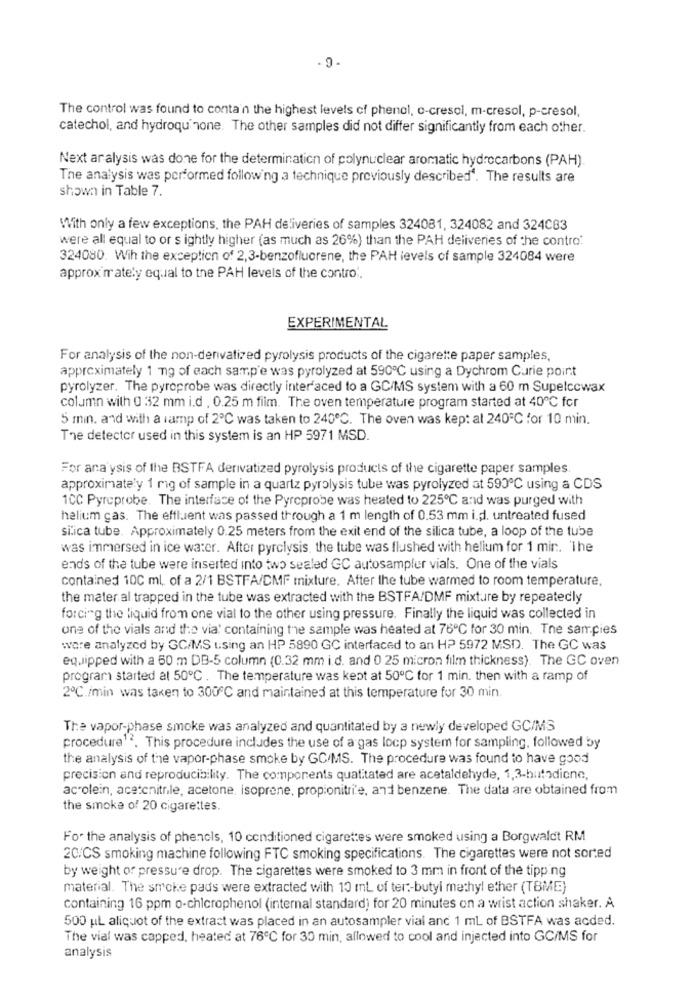
- 9.
The control was found to conta'n the highest levels of phenol, c-cresol, m-cresol, p-cresol,
catechol, and hydroquinone. The other samples did not differ significantly from each other.
Next ar alysis was done for the determination of polynuclear aromatic hydrocarbons (PAH).
The analysis was performed following a technique previously described'. The results are
shown in Table 7.
With only a few exceptions, the PAH deliveries of samples 324081, 324082 and 324C83
were all equal to or s ightly higher (as much as 26%) than the PAH deliveries of the contro:
324080. Wih the exception of 2,3-benzofluorene, the PAH levels of sample 324084 were
approximately equal to the PAH levels of the contro ..
EXPERIMENTAL
For analysis of the non-denvatized pyrolysis products of the cigarette paper samples,
approximately 1 mg of each samp'e was pyrolyzed at 590℃ using a Dychrom Curie point
pyrolyzer. The pyroprobe was directly interfaced to a GC/MS system with a 60 m Supelccwax
column with 0 32 mm i.d . 0.25 m film. The oven temperature program started at 40℃ for
5 min. and with a ramp of 2℃ was taken to 240℃. The oven was kep: al 240℃ for 10 min.
The detector used in this system is an HP 5971 MSD.
For ana ysis of the BSTFA derivatizad pyrolysis products of the cigarette paper samples.
approximately 1 rig of sample in a quartz pyrolysis tube was pyrolyzed at 590℃ using a CDS
1CC Pyreprobe. The interface of the Pyreprobe was heated to 225℃ and was purged with
helium cas. The effluent was passed through a 1 m length of 0.53 mm i.d. untreated fused
silica tube. Approximately 0.25 meters from the exit end of the silica tube, a loop of the tube
was immersed in ice water. After pyrolysis, the tube was flushed with helium for 1 min. The
ends of the tube were inserted into two sealed GC autosampler vials. One of the vials
contained 100 ml, of a 2/1 BSTFA/CMF mixture. After the tube warmed to room temperature,
the mater al trapped in the tube was extracted with the BSTFA/DMF mixture by repeatedly
forcing the liquid from one vial to the other using pressure. Finally the liquid was collected in
one of the vials and the via' containing the sample was heated at 76℃ for 30 min. The samples
wore analyzed by GC/MS using an HP 5890 GC interfaced to an HP 5972 MSD. The GC was
equipped with a 60 m DB-5 column (0.32 mm i.d. and 0 25 micron film thickness). The GC oven
program started at 50℃. The temperature was kept at 50℃ for 1 min. then with a ramp of
2℃./min was taken to 300℃ and maintained at this temperature for 30 min.
The vapor-phase smoke was analyzed and quantitated by a newly developed GC/MS
procedure . This procedure includes the use of a gas locp system for sampling, followed by
the analysis of the vapor-phase smoke by GC/MS. The procedure was found to have good
precision and reproducibility. The components quatitated are acetaldehyde, 1,3-butadiene,
acrolein, acetcnitrile, acetone, isoprene, propionitri'e, and benzene. The data are obtained from
the smoke of 20 cigarettes.
For the analysis of phenols, 10 conditioned cigarettes were smoked using a Borgwaldt RM
2C/CS smoking machine following FTC smoking specifications. The cigarettes were not sorted
by weight of pressure drop. The cigarettes were smoked to 3 mm in front of the tipping
material. The smoke pads were extracted with 10 ml of ter-butyl methyl ether (TBME)
containing 16 ppm o-chicrophenol (internal standard) for 20 minutes on a wrist action shaker. A
500 HL aliquot of the extract was placed in an autosampler vial anc 1 mL of BSTFA was acded.
The vial was capped, heated at 76℃ for 30 min, allowed to cool and injected into GC/MS for
analysis